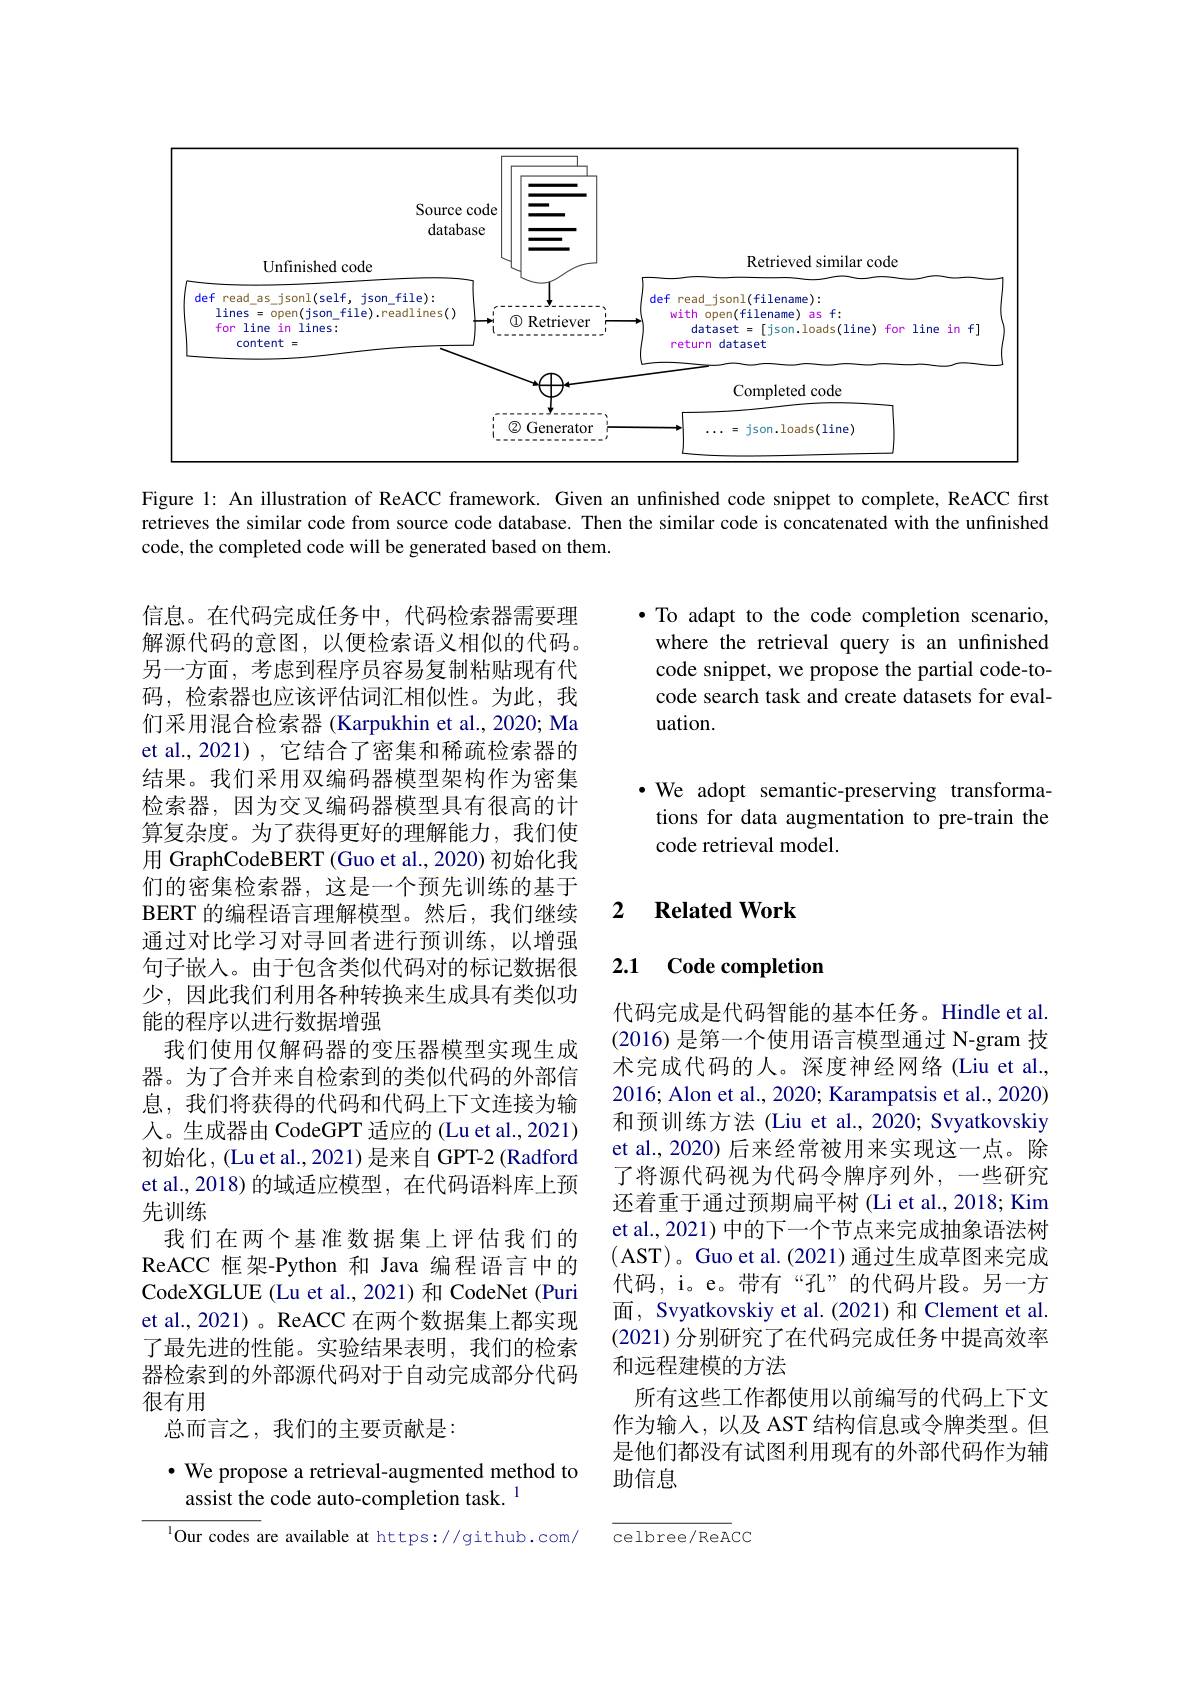
<FigureHere>

Figure 1: An illustration of ReACC framework. Given an unfinished code snippet to complete, ReACC first retrieves the similar code from source code database. Then the similar code is concatenated with the unfinished code, the completed code will be generated based on them.

$\bullet$ To adapt to the code completion scenario,
where the retrieval query is an unfinished code snippet, we propose the partial code-tocode search task and create datasets for evaluation.

$\cdot$ We adopt semantic-preserving transformations for data augmentation to pre-train the code retrieval model.

## 2 $\textbf{Related Work}$

### 2.1 Code completion

信息。在代码完成任务中，代码检索器需要理解源代码的意图，以便检索语义相似的代码。另一方面，考虑到程序员容易复制粘贴现有代码，检索器也应该评估词汇相似性。为此，我们采用混合检索器 (Karpukhin et al., 2020; Ma et al., 2021), 它结合了密集和稀疏检索器的结果。我们采用双编码器模型架构作为密集检索器，因为交叉编码器模型具有很高的计算复杂度。为了获得更好的理解能力，我们使用 GraphCodeBERT (Guo et al., 2020) 初始化我们的密集检索器，这是一个预先训练的基于BERT 的编程语言理解模型。然后，我们继续通过对比学习对寻回者进行预训练，以增强句子嵌入。由于包含类似代码对的标记数据很少，因此我们利用各种转换来生成具有类似功能的程序以进行数据增强
我们使用仅解码器的变压器模型实现生成器。为了合并来自检索到的类似代码的外部信息，我们将获得的代码和代码上下文连接为输人。生成器由 CodeGPT 适应的 (Lu et al., 2021) 初始化，(Lu et al., 2021) 是来自 GPT-2 (Radford et al., 2018) 的域适应模型，在代码语料库上预先训练
我们在两个基准数据集上评估我们的ReACC 框架-Python 和 Java 编程语言中的CodeXGLUE (Lu et al., 2021)和 CodeNet (Puri et al., 2021)。ReACC 在两个数据集上都实现了最先进的性能。实验结果表明，我们的检索器检索到的外部源代码对于自动完成部分代码很有用
总而言之，我们的主要贡献是：

代码完成是代码智能的基本任务。Hindle et al (2016) 是第一个使用语言模型通过 N-gram 技术完成代码的人。深度神经网络(Liu et al., 2016; Alon et al., 2020; Karampatsis et al., 2020) 和预训练方法 (Liu et al., 2020; Svyatkovskiy et al., 2020) 后来经常被用来实现这一点。除了将源代码视为代码令牌序列外，一些研究还着重于通过预期扁平树 (Li et al., 2018; Kim et al., 2021) 中的下一个节点来完成抽象语法树(AST)。Guo et al.(2021) 通过生成草图来完成代码，i。e。带有“孔”的代码片段。另一方面，Svyatkovskiy et al.(2021)和 Clement et al. (2021) 分别研究了在代码完成任务中提高效率和远程建模的方法
所有这些工作都使用以前编写的代码上下文作为输入，以及 AST 结构信息或令牌类型。但是他们都没有试图利用现有的外部代码作为辅助信息

$\cdot$ We propose a retrieval-augmented method to
assist the code auto-completion task. $^{1}$

celbree/ReACC

$^{1}$Our codes are available at https://github.com/